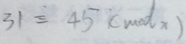
3 1 \equiv 4 5 ( m o d x )